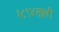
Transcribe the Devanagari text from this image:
१८९४साली